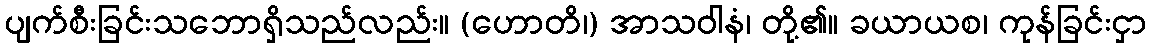
ပျက်စီးခြင်းသဘောရှိသည်လည်း။ (ဟောတိ၊) အာသဝါနံ၊ တို့၏။ ခယာယစ၊ ကုန်ခြင်းငှာ